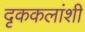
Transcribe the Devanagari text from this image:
दृककलांशी